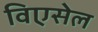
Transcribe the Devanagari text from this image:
विएसेल